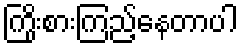
ကြိုးစားကြည့်နေတာပါ